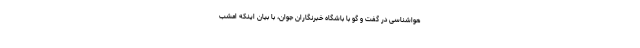
هواشناسی در گفت و گو با باشگاه خبرنگاران جوان، با بیان اینکه امشب